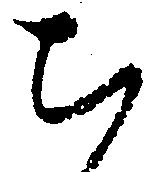
ち